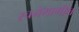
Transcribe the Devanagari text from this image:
रचनेमागील